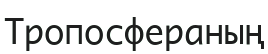
Тропосфераның